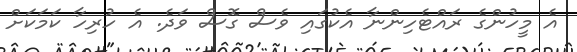
އެ މީހުންގެ ރައްޓެހިންނާ އެކުގައި ވެސް ގޮސް ވަދެ. އެ ހުރިހާ ކަމަކަށް